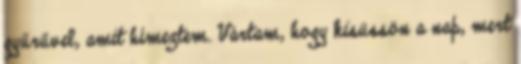
gyűrűvel, amit hímeztem. Vártam, hogy kisüssön a nap, mert